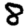
Digit: 8